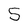
Character: 5